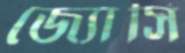
জ্যোসি